Senior Leaving Certificate Examination (including Day School Certificate (Higher) General paper), 1949
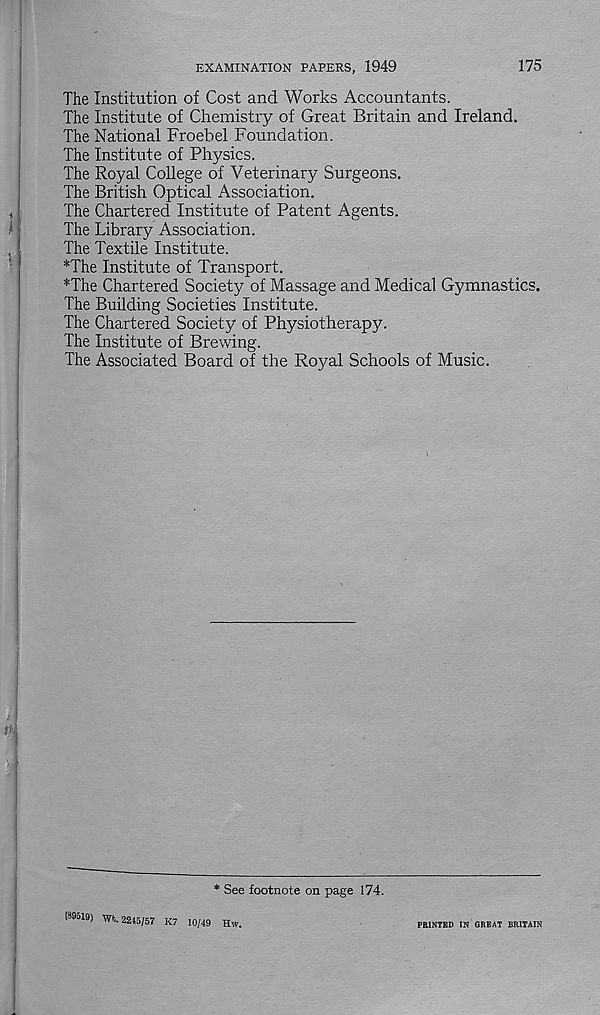
EXAMINATION PAPERS, 1949
175
The Institution of Cost and Works Accountants.
The Institute of Chemistry of Great Britain and Ireland.
The National Froebel Foundation.
The Institute of Physics.
The Royal College of Veterinary Surgeons.
The British Optical Association.
The Chartered Institute of Patent Agents.
The Library Association.
The Textile Institute.
*The Institute of Transport.
*The Chartered Society of Massage and Medical Gymnastics.
The Building Societies Institute.
The Chartered Society of Physiotherapy.
The Institute of Brewing.
The Associated Board of the Royal Schools of Music.
* See footnote on page 174.
(895 1 9 > Wfc. 2245/57 K7 10/49 Hw.
PRINTED IN GREAT BRITAIN